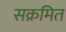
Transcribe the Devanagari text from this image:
सक्रमित